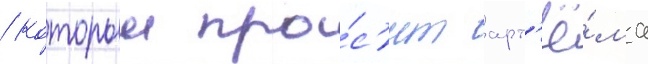
/ которыи про́с'ит арт'ё́ма